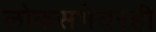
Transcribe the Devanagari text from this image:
लोकसभेवरही